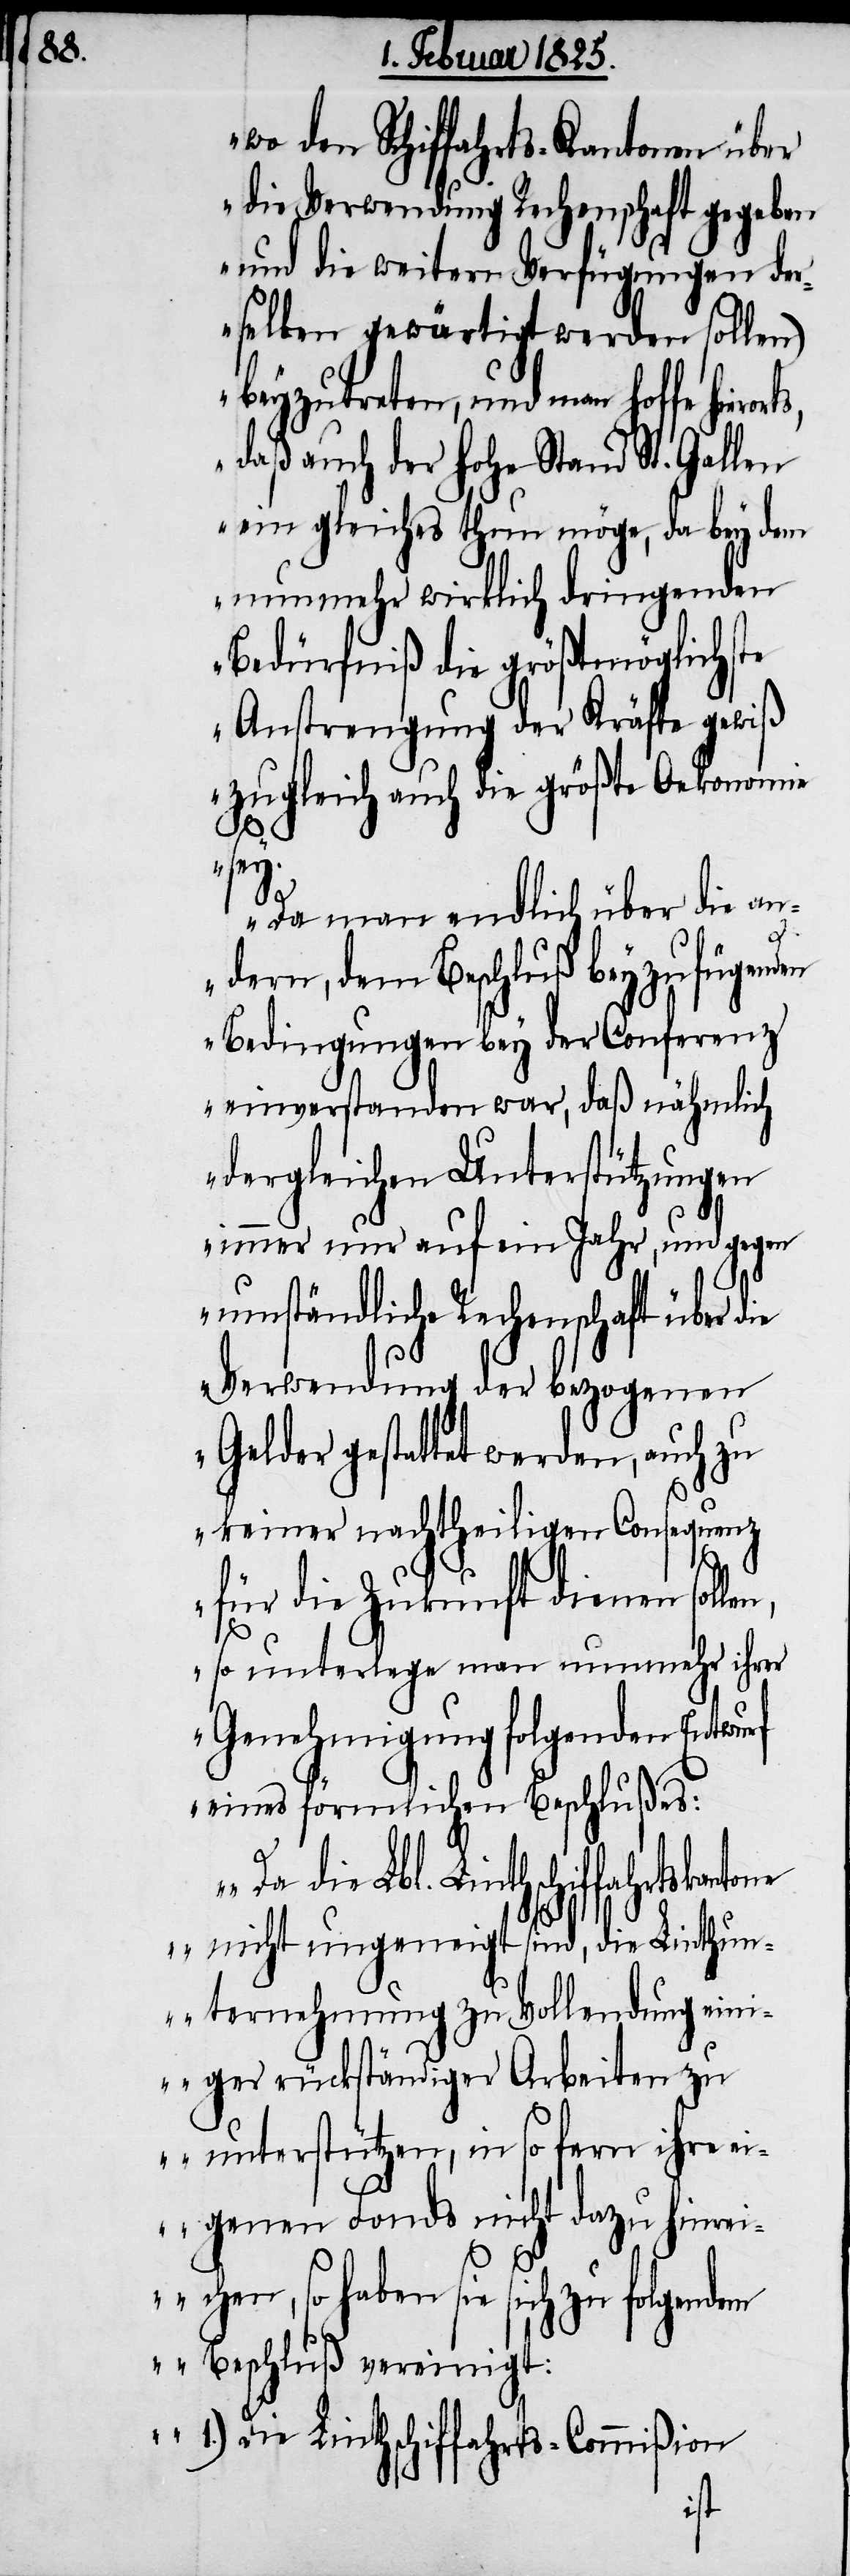
wo den Schiffahrts-Kantonen über
die Verwendung Rechenschaft gegeben
und die weitern Verfügungen der¬
selben gewärtigt werden sollen)
beyzutreten, und man hoffe hiero¬
daß auch der hohe Stand St. Gallen
ein gleiches thun möge, da bey dem
nunmehr wirklich dringenden
Bedürfniß die größtmöglichste
Anstrengung der Kräfte gewiß
zugleich auch die größte Oekonomie
sey.
die
Da man endlich über die an¬
dern, dem Beschluß beyzufügenden
Bedingungen bey der Conferenz
einverstanden war, daß nähmlich
dergleichen Unterstützungen
immer nur auf ein Jahr, und gegen
umständliche Rechenschaft über die
Verwendung der bezogenen
Gelder gestattet werden, auch zu
keiner nachtheiligen Consequenz
für die Zukunft dienen sol¬
so unterlege man nunmehr ihrer
Genehmigung folgenden Entwu¬
eines förmlichen Beschlußes:
Lbl. Linthschiffahrtskanto¬
ne nicht ungeneigt sind, die Linthun¬
ternehmung zu Vollendung ein¬
iger rückständiger Arbeiten zu
unterstützen, in so fern ihre
eigenen Fonds nicht dazu hinrei¬
chen, so haben sie sich zu folgendem
Beschluß vereinigt:
1.) Die Linthschiffahrts-Commißion